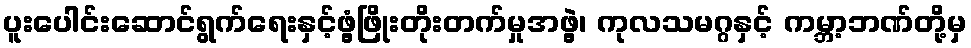
ပူးပေါင်းဆောင်ရွက်ရေးနှင့်ဖွံ့ဖြိုးတိုးတက်မှုအဖွဲ့၊ ကုလသမဂ္ဂနှင့် ကမ္ဘာ့ဘဏ်တို့မှ